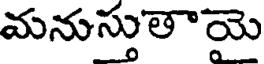
మనుస్తుతాయె